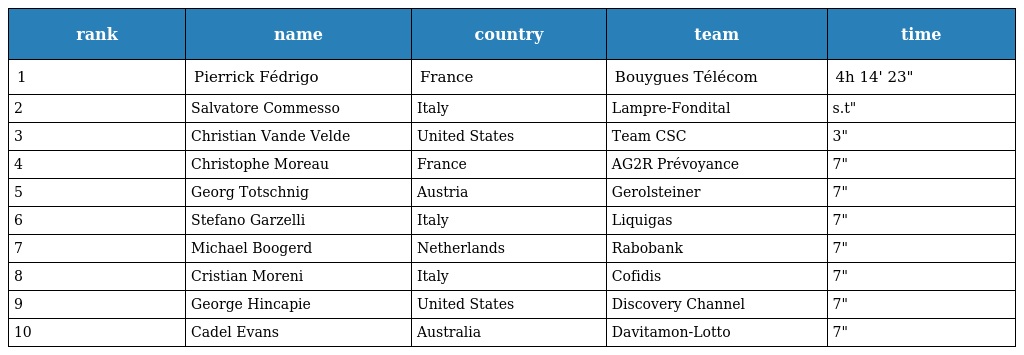
| rank | name | country | team | time |
 | --- | --- | --- | --- | --- |
 | 1 | Pierrick Fédrigo | France | Bouygues Télécom | 4h 14' 23" |
 | 2 | Salvatore Commesso | Italy | Lampre-Fondital | s.t" |
 | 3 | Christian Vande Velde | United States | Team CSC | 3" |
 | 4 | Christophe Moreau | France | AG2R Prévoyance | 7" |
 | 5 | Georg Totschnig | Austria | Gerolsteiner | 7" |
 | 6 | Stefano Garzelli | Italy | Liquigas | 7" |
 | 7 | Michael Boogerd | Netherlands | Rabobank | 7" |
 | 8 | Cristian Moreni | Italy | Cofidis | 7" |
 | 9 | George Hincapie | United States | Discovery Channel | 7" |
 | 10 | Cadel Evans | Australia | Davitamon-Lotto | 7" |